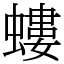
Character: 螻